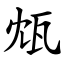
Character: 瓭